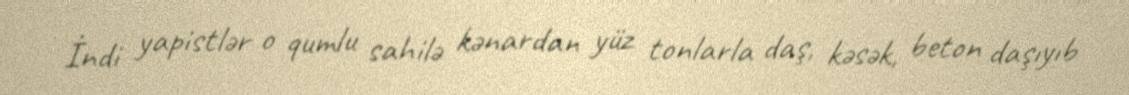
İndi yapistlər o qumlu sahilə kənardan yüz tonlarla daş, kəsək, beton daşıyıb